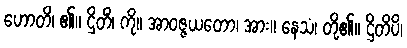
ဟောတိ၊ ၏။ ဌိတိံ၊ ကို။ အာဝဇ္ဇယတော၊ အား။ နေသံ၊ တို့၏။ ဌိတိပိ၊